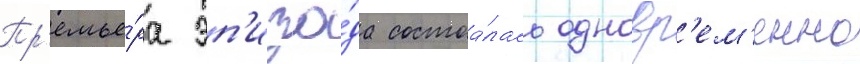
Пр'емье́ра эп'изо́да состоа́лась одновр'ем'енно